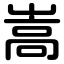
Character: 嵩